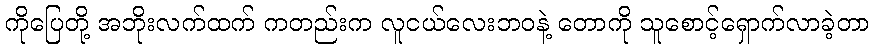
ကိုပြေတို့ အဘိုးလက်ထက် ကတည်းက လူငယ်လေးဘဝနဲ့ တောကို သူစောင့်ရှောက်လာခဲ့တာ